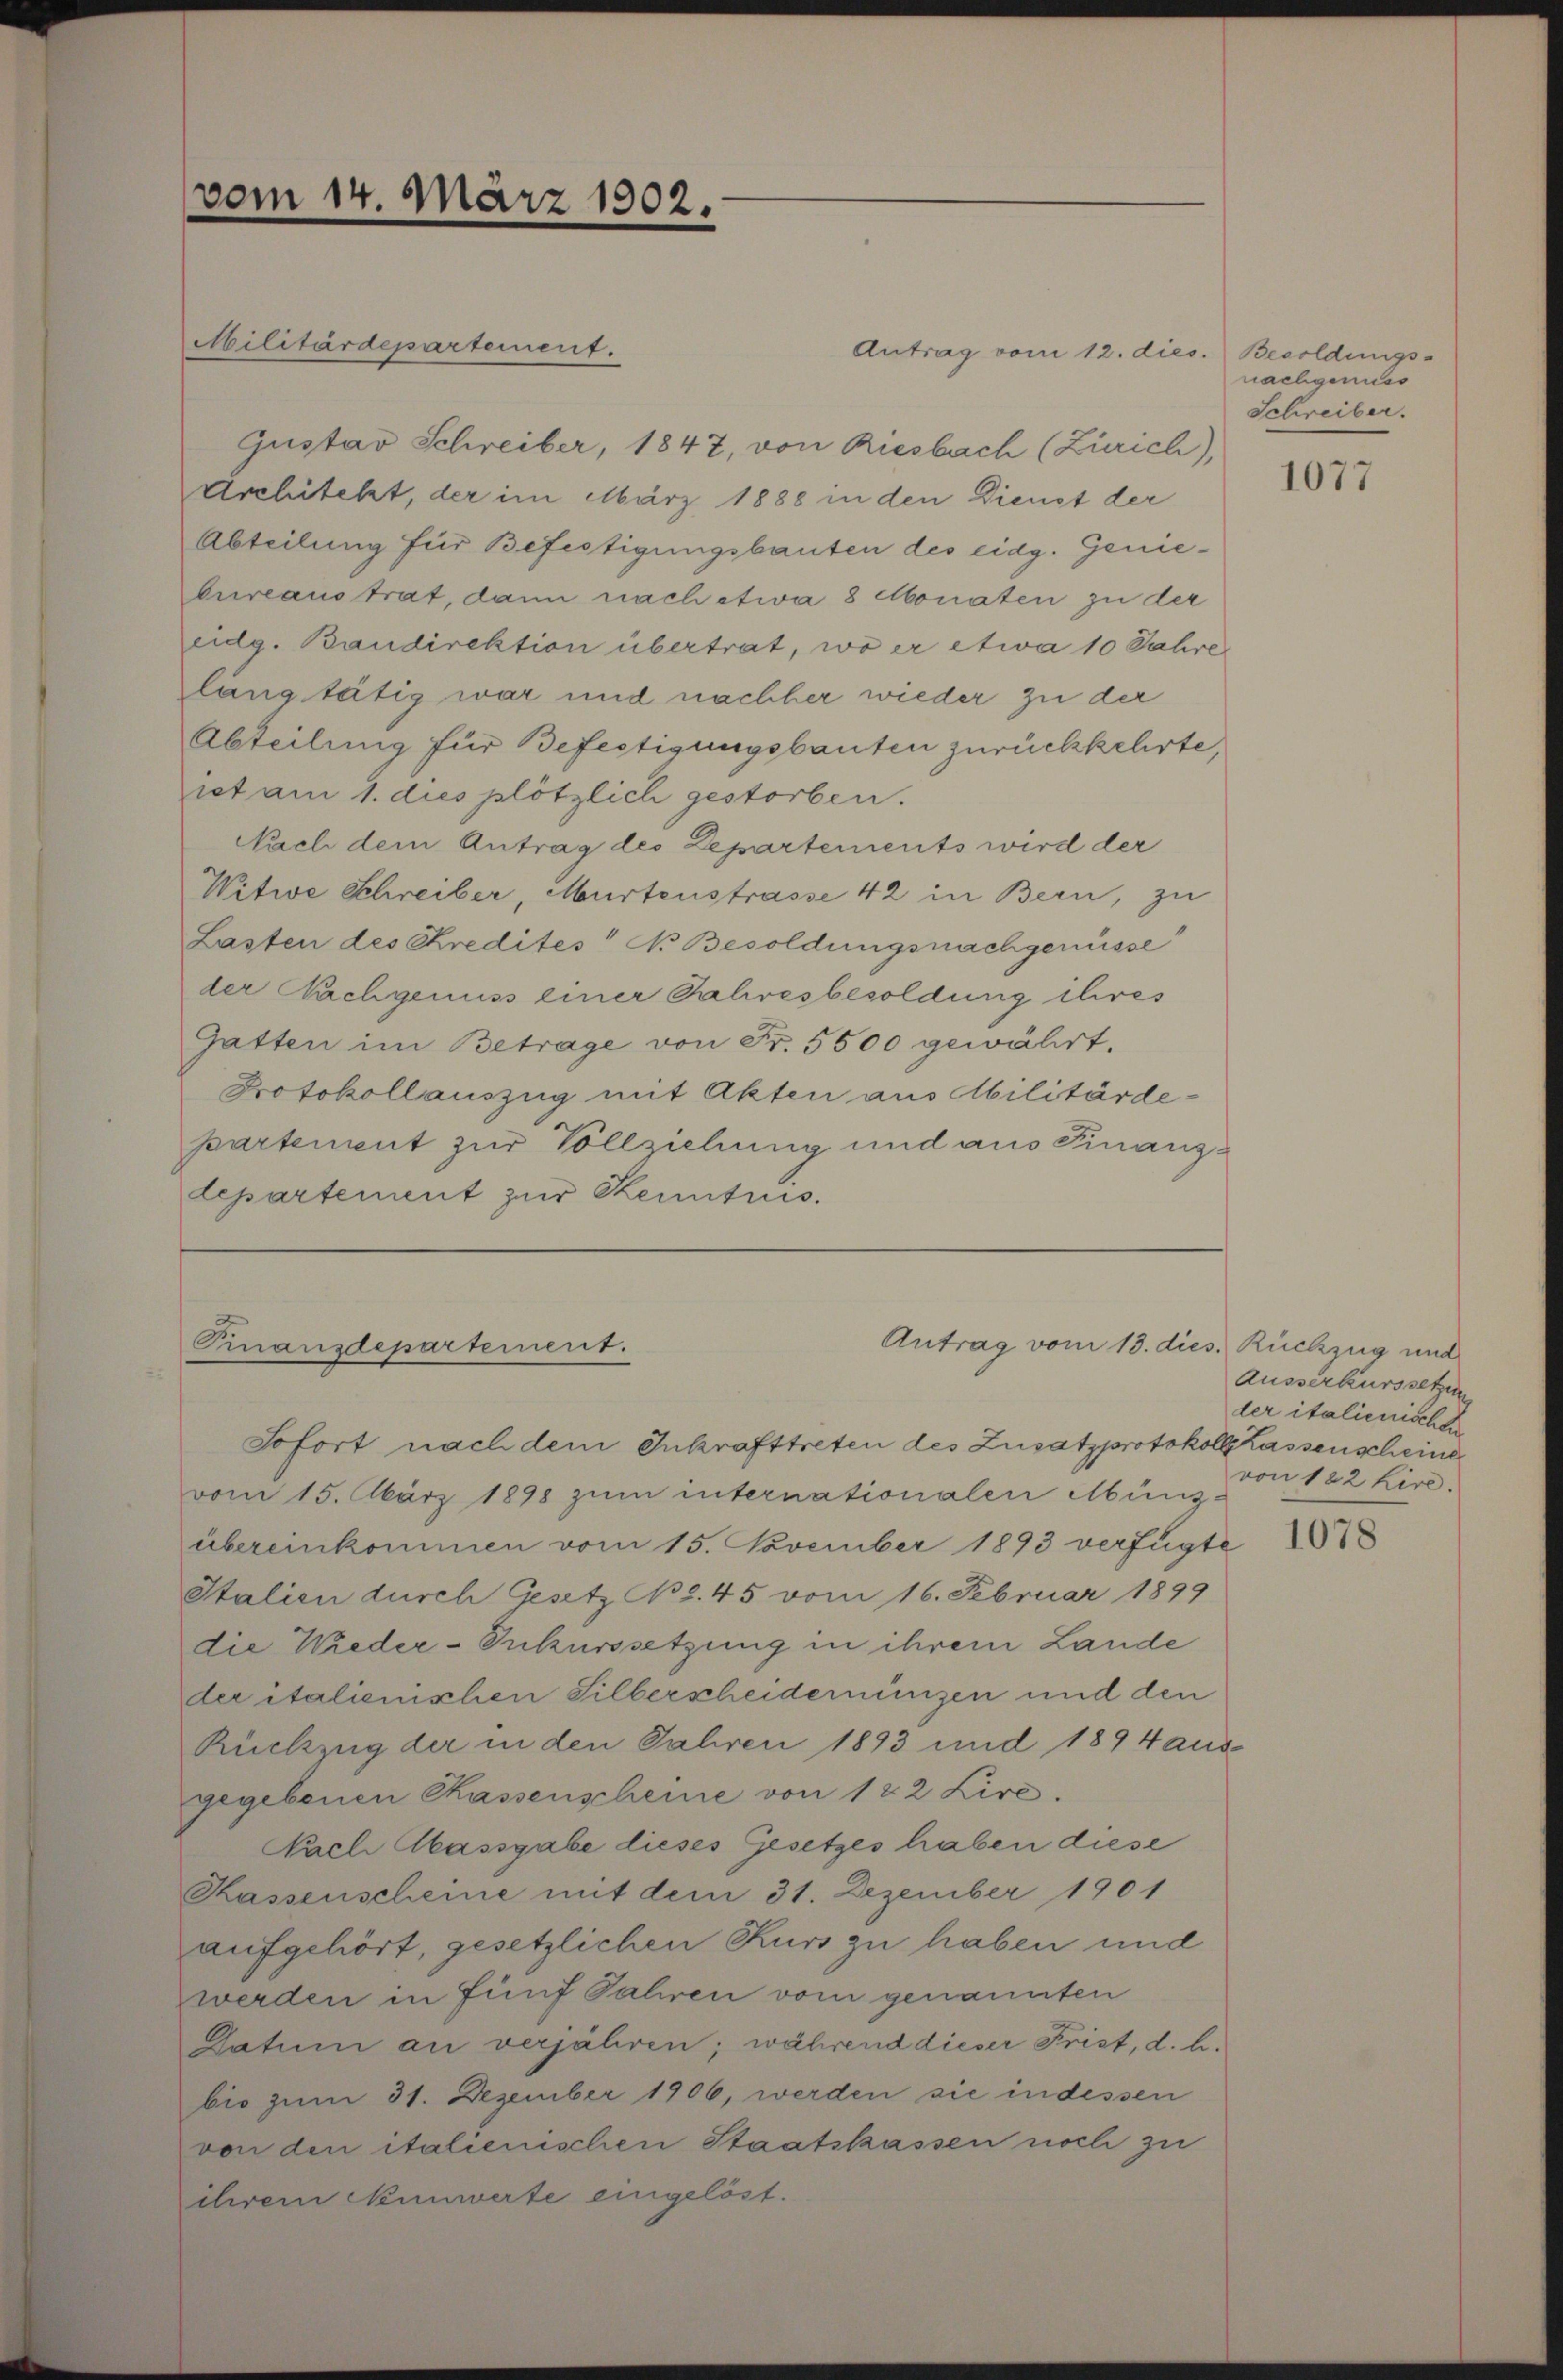
vom 14. März 1902.

Militärdepartement.
Antrag vom 12. dies. Besoldungs-
Gustav Schreiber, 1847, von Riesbach (Zürich),
Architekt, der im März 1888 in den Dienst der
Abteilung für Befestigungsbauten des eidg. Geniebureaus trat, dann nach etwa 8 Monaten zu der
eidg. Baudirektion übertrat, wo er etwa 10 Jahre
lang tätig war und nachher wieder zu der
Abteilung für Befestigungsbauten zurückkehrte,
iet am 1. dies plötzlich gestorben.
Nach dem Antrag des Departements wird der
Witwe Schreiber, Murtenstrasse 42 in Bern, zu
Lasten des Kredites" No Besoldungsnachgenüsse
der Nachgenuss einer Jahresbesoldung ihres
Gatten im Betrage von Fr. 5500 gewährt.
Protokollauszug mit Akten aus Militärde-
partement zur Vollziehung und aus Finanzdepartement zur Kenntnis.

Finanzdepartement.

Sofort nach dem Inkrafttreten des Zusatzprotokoll Kassenscheine
vom 15. März 1898 zŭm internationalen Münz-
übereinkommen vom 15. November 1893 verfügte
Italien durch Gesetz No. 45 vom 16. Februar 1899
die Wieder-Inkurssetzung in ihrem Lande
der italienischen Silberscheidernungen und den
Rückzug der in den Jahren 1893 und 1894 aus
gegebenen Kassenscheine von 122 Lire.
Nach Massgabe dieses Gesetzes haben diese
Kassenscheine mit dem 31. Dezember 1901
aufgehört, gesetzlichen Kurs zu haben und
werden in fünf Jahren vom genannten
Datum an verjähren; während dieser Frist, d. h.
bio zum 31. Dezember 1906, werden sie indessen
von den italienischen Staatskassen noch zu
ihrem Neunwerte eingelöst.

Antrag vom 13. dies. Rückzug und

nachgenies
Schreiber.

1077

Ausserkurssetzung
ler italienische
von 182 Kire.

1078